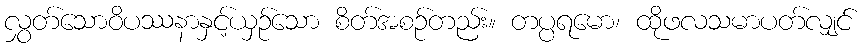
လွှတ်သောဝိပဿနာနှင့်ယှဉ်သော စိတ်အစဉ်တည်း။ တပ္ပရမော၊ ထိုဖလသမာပတ်လျှင်